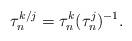
LaTeX: \begin{align*}\tau_n^{k/j}=\tau_n^k(\tau_n^j)^{-1}.\end{align*}